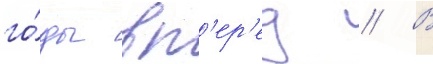
го́ды вп'ер'ед // В